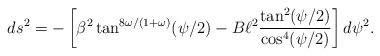
LaTeX: \begin{align*}ds^2= -\left[\beta^2\tan^{8\omega/(1+\omega)}(\psi/2)-B\ell^2\frac{\tan^2(\psi/2)}{\cos^4(\psi/2)}\right]d\psi^2 .\end{align*}